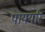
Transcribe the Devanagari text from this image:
पायर्यार